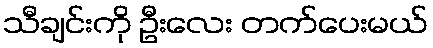
သီချင်းကို ဦးလေး တက်ပေးမယ်